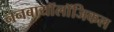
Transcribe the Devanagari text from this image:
ननबायाॅलाॅजिकल